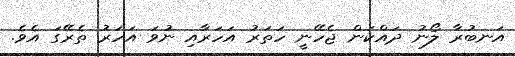
އަނބުރާ ލޯނު ދައްކަން ޖެހޭނީ ހަތަރު އަހަރާއި ނުވަ އަހަރު ތެރޭގަ އެވެ.